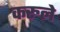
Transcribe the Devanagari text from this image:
करुले